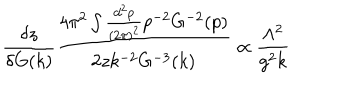
\frac { \delta z } { \delta G ( k ) } \frac { 4 \pi ^ { 2 } \int \frac { d ^ { 2 } p } { ( 2 \pi ) ^ { 2 } } p ^ { - 2 } G ^ { - 2 } ( p ) } { 2 z k ^ { - 2 } G ^ { - 3 } ( k ) } \propto \frac { \Lambda ^ { 2 } } { g ^ { 2 } k }